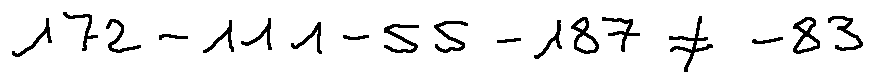
1 7 2 - 1 1 1 - 5 5 - 1 8 7 \neq - 8 3